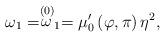
LaTeX: \begin{align*}\omega _{1}=\stackrel{(0)}{\omega }_{1}=\mu _{0}^{\prime }\left( \varphi,\pi \right) \eta ^{2}, \end{align*}